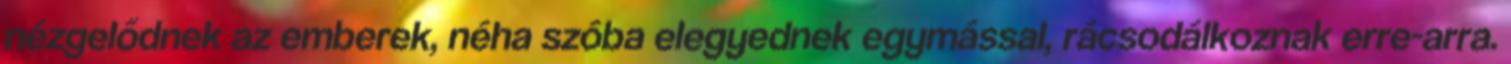
nézgelődnek az emberek, néha szóba elegyednek egymással, rácsodálkoznak erre-arra.